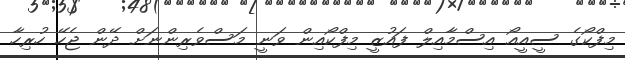
މިފްކޯގެ ސީއީއޯ އިސްމާއިލް ފައުޒީ މިފްކޯއިން ވަނީ މަސްވެރިންނަށް ދޭން ޖެހޭ ހުރިހާ